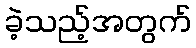
ခဲ့သည့်အတွက်